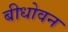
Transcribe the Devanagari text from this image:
बीधोवन